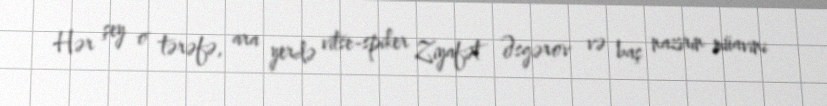
Hər şey o tərəfə, ara yerdə vitse-spiker Ziyafət Əsgərov və baş nazirin müavini